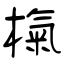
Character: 椈